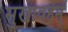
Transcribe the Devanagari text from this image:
सुखावहम्